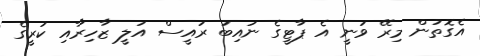
އެގޮތުން މިރޭ ވަނީ އެ ޕާޓީގެ ނައިބު ރައީސް އަލީ ޒާހިރާއި ކުރީގެ